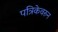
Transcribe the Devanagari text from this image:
पत्रिकेवरुन